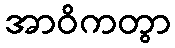
အာဝိကတွာ